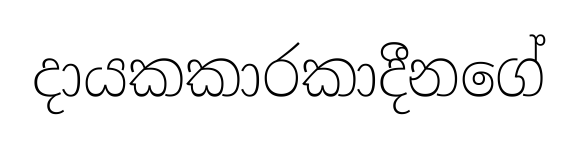
දායකකාරකාදීනගේ